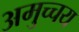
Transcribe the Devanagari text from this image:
अमुच्चय